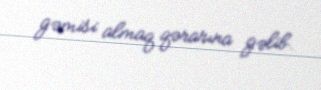
gəmisi almaq qərarına gəlib.